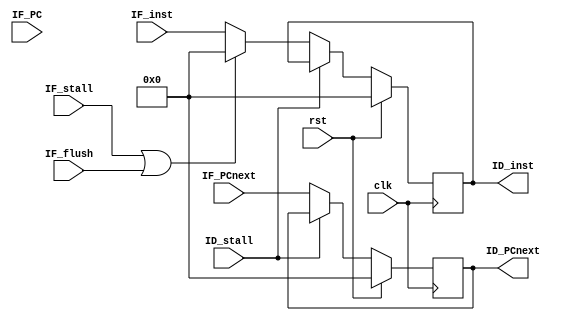
module IF_stage(
    clk, rst, IF_stall, IF_flush, ID_stall, IF_inst, 
    IF_PCnext, IF_PC, 
    ID_inst,ID_PCnext);
    input           clk;
    input           rst;
    input           IF_stall;
    input           IF_flush;
    input           ID_stall;
    input   [31:0]  IF_inst;
    input   [31:0]  IF_PCnext;
    input   [31:0]  IF_PC;
    output  reg     [31:0]  ID_inst;
    output  reg     [31:0]  ID_PCnext;
    always @(posedge clk) begin
        ID_inst <= rst ? 32'b0 : (ID_stall ? ID_inst : ((IF_stall | IF_flush) ? 32'b0 : IF_inst));
        ID_PCnext <= rst ? 32'b0 : (ID_stall ? ID_PCnext : IF_PCnext);
    end
endmodule